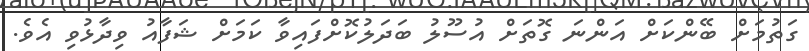
ގަތުމަށް ބޭންކަށް އަންނަ ގޮތަށް އުސޫލު ބަދަލުކޮށްފައިވާ ކަމަށް ޝަފާއު ވިދާޅުވި އެވެ.